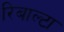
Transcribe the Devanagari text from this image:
रिबाल्टा